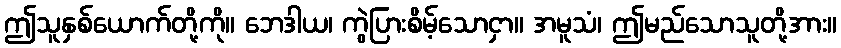
ဤသူနှစ်ယောက်တို့ကို။ ဘေဒါယ၊ ကွဲပြားစိမ့်သောငှာ။ အမူသံ၊ ဤမည်သောသူတို့အား။